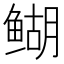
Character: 𬶞